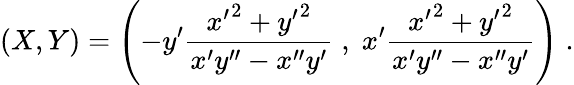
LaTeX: (X,Y)=\left(-y^{\prime}{\frac{{x^{\prime}}^{2}+{y^{\prime}}^{2}}{x^{\prime}y^{\prime\prime}-x^{\prime\prime}y^{\prime}}}\; ,\; x^{\prime}{\frac{{x^{\prime}}^{2}+{y^{\prime}}^{2}}{x^{\prime}y^{\prime\prime}-x^{\prime\prime}y^{\prime}}}\right)\; .